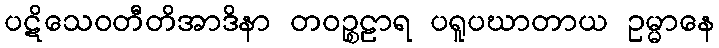
ပဋိသေဝတီတိအာဒိနာ တဝဉ္စဠာရ ပရူပဃာတာယ ဥမ္မာနေ